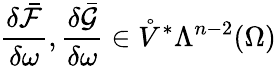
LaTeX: \frac{\delta\bar{\mathcal{F}}}{\delta\omega},\frac{\delta\bar{\mathcal{G}}}{\delta\omega}\in\mathring{V}^{\ast}\Lambda^{n-2}(\Omega)